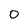
Character: 0